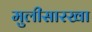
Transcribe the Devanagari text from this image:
मुलीसारखा